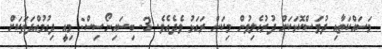
މަސައްކަތާއި ދުވަސްކޮޅަކަށް ދުރުހެލިވުން މިކަން ރަގަޅު ވެދެއެވެ. 3- ބިސައިނޯސިސް: މިއީ ދިގުމުއްދަތަކަށް